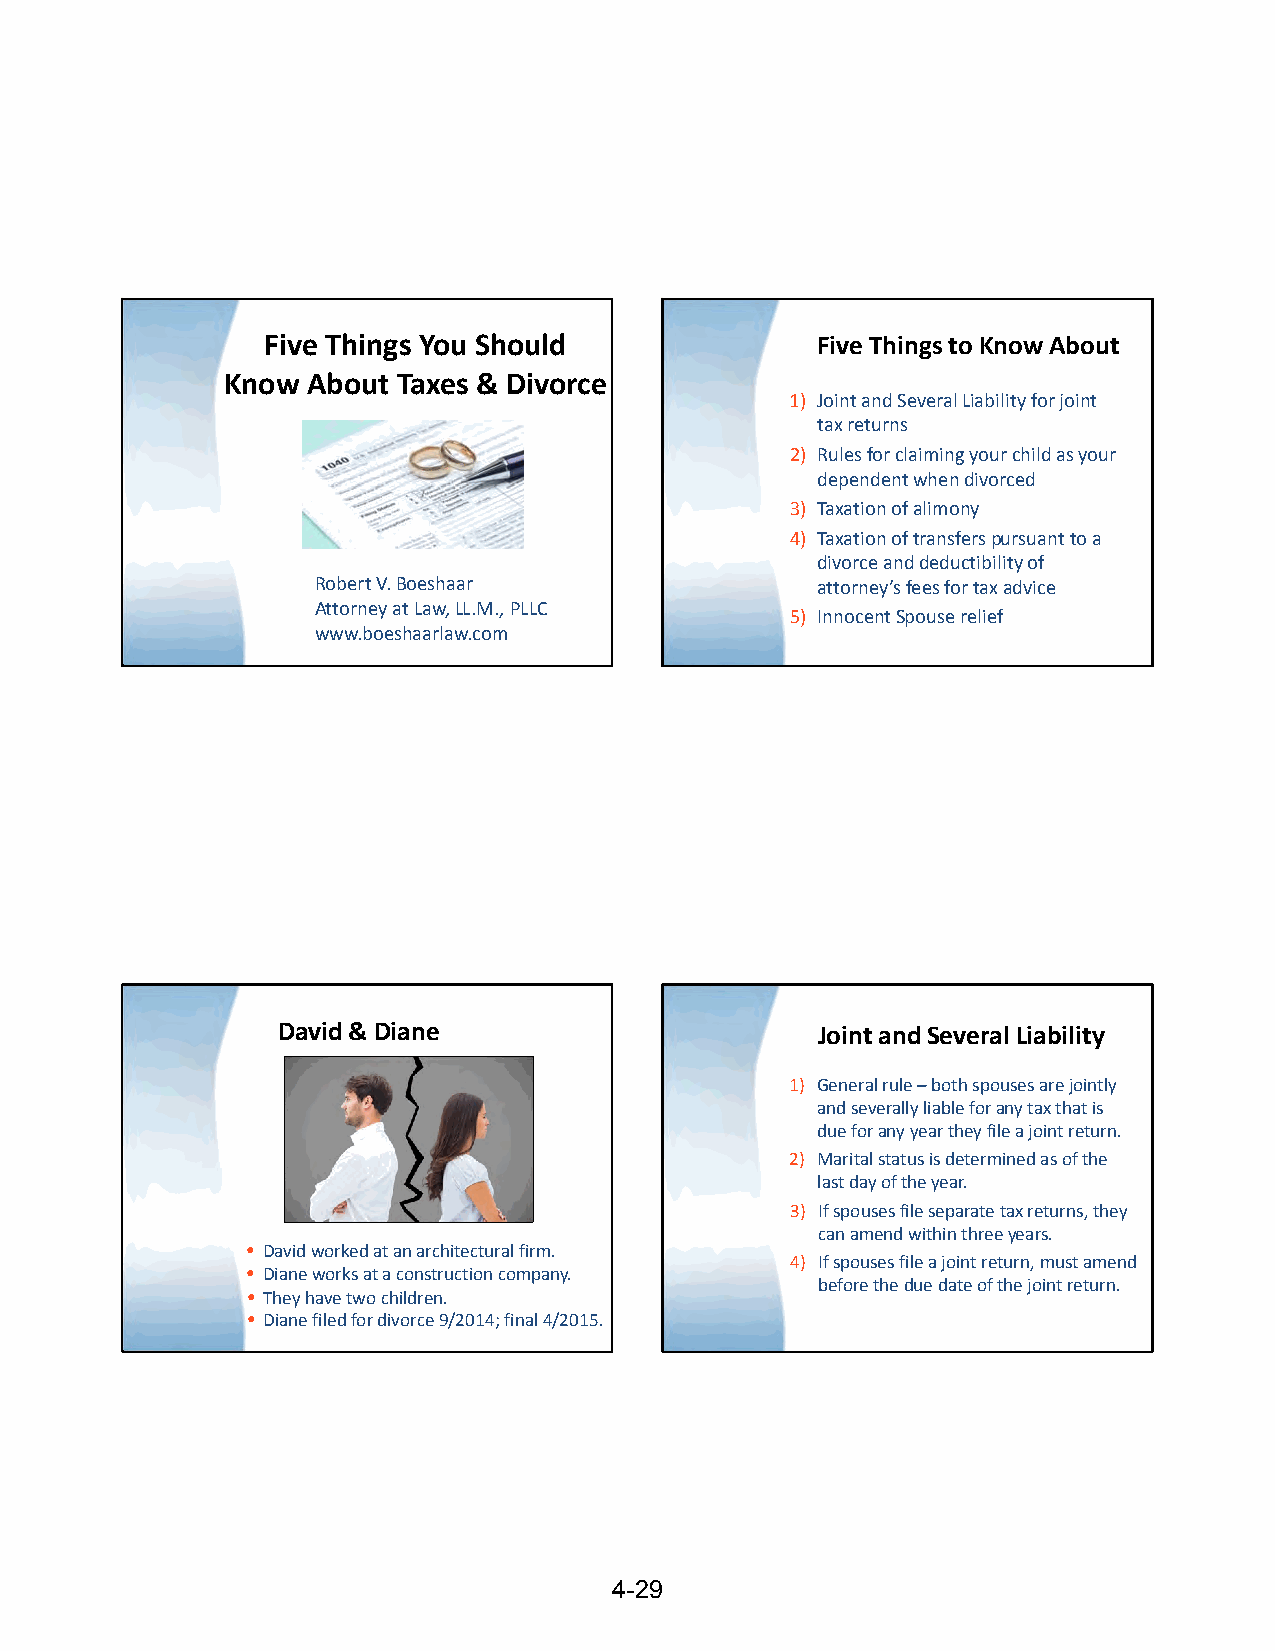
Five Things You Should               Five Things to Know About
 Know About Taxes & Divorce
 1) Joint and Several Liability for joint
 tax returns
 2) Rules for claiming your child as your
 dependent when divorced
 3) Taxation of alimony
 4) Taxation of transfers pursuant to a
 divorce and deductibility of
 Robert V. Boeshaar               attorney’s fees for tax advice
 Attorney at Law, LL.M., PLLC
 5) Innocent Spouse relief
 www.boeshaarlaw.com
 David & Diane                       Joint and Several Liability
 1) General rule –both spouses are jointly
 and severally liable for any tax that is
 due for any year they file a joint return.
 2) Marital status is determined as of the
 last day of the year.
 3) If spouses file separate tax returns, they
 can amend within three years.
 • David worked at an architectural firm.
 4) If spouses file a joint return, must amend
 • Diane works at a construction company.
 before the due date of the joint return.
 • They have two children.
 • Diane filed for divorce 9/2014; final 4/2015.
 4-29